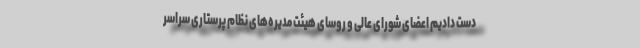
دست دادیم اعضای شورای عالی و روسای هیئت مدیره‌های نظام پرستاری سراسر